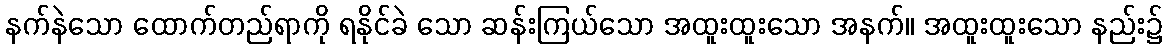
နက်နဲသော ထောက်တည်ရာကို ရနိုင်ခဲ သော ဆန်းကြယ်သော အထူးထူးသော အနက်။ အထူးထူးသော နည်း၌